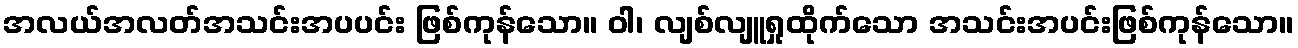
အလယ်အလတ်အသင်းအပပင်း ဖြစ်ကုန်သော။ ဝါ၊ လျစ်လျူရှုထိုက်သော အသင်းအပင်းဖြစ်ကုန်သော။